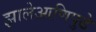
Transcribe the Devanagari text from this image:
झालेआणिपुढे